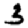
Digit: 3